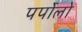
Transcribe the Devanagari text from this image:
पर्पोलो